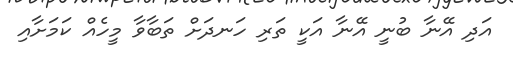
އަދި އޭނާ ބުނީ އޭނާ އަކީ ތަރި ހަނދަށް ތަބާވާ މީހެއް ކަމަށާއި